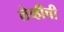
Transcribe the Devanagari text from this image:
लेव्हीची